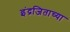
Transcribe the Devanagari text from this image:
इंद्रजिताच्या